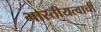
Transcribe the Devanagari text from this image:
भारतीयत्वाची